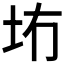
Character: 𪢹